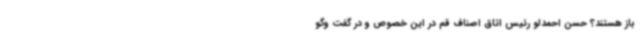
باز هستند؟ حسن احمدلو رئیس اتاق اصناف قم در این خصوص و در گفت وگو